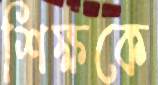
শিক্ষকে